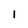
Character: 1